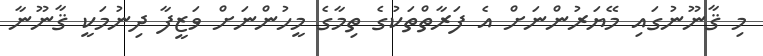
މި ޤާނޫނުގައި މޭޔަރުންނަށް އެ ފަރާތްތަކުގެ ތިމާގެ މީހުންނަށް ވަޒީފާ ދިނުމަކީ ޤާނޫނާ